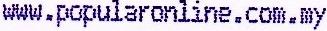
WWW.POPULARONLINE.COM.MY